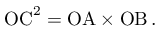
\mathrm { O C } ^ { 2 } = \mathrm { O A } \times \mathrm { O B } \, .